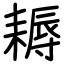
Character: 耨